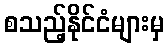
စသည့်နိုင်ငံများမှ